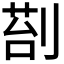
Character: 𭃵